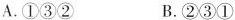
A.①③② B.②③①